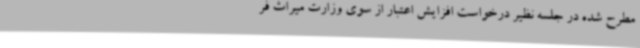
مطرح شده در جلسه نظیر درخواست افزایش اعتبار از سوی وزارت میراث فر